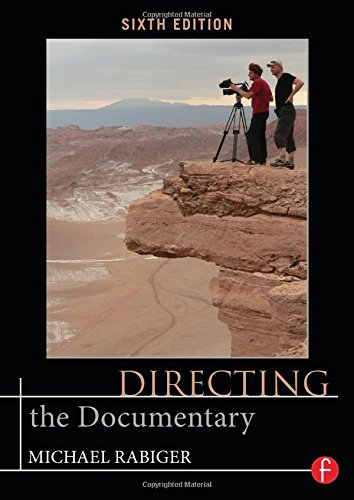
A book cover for Directing the Documentary (Portuguese and English Edition); Michael Rabiger; Humor & Entertainment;